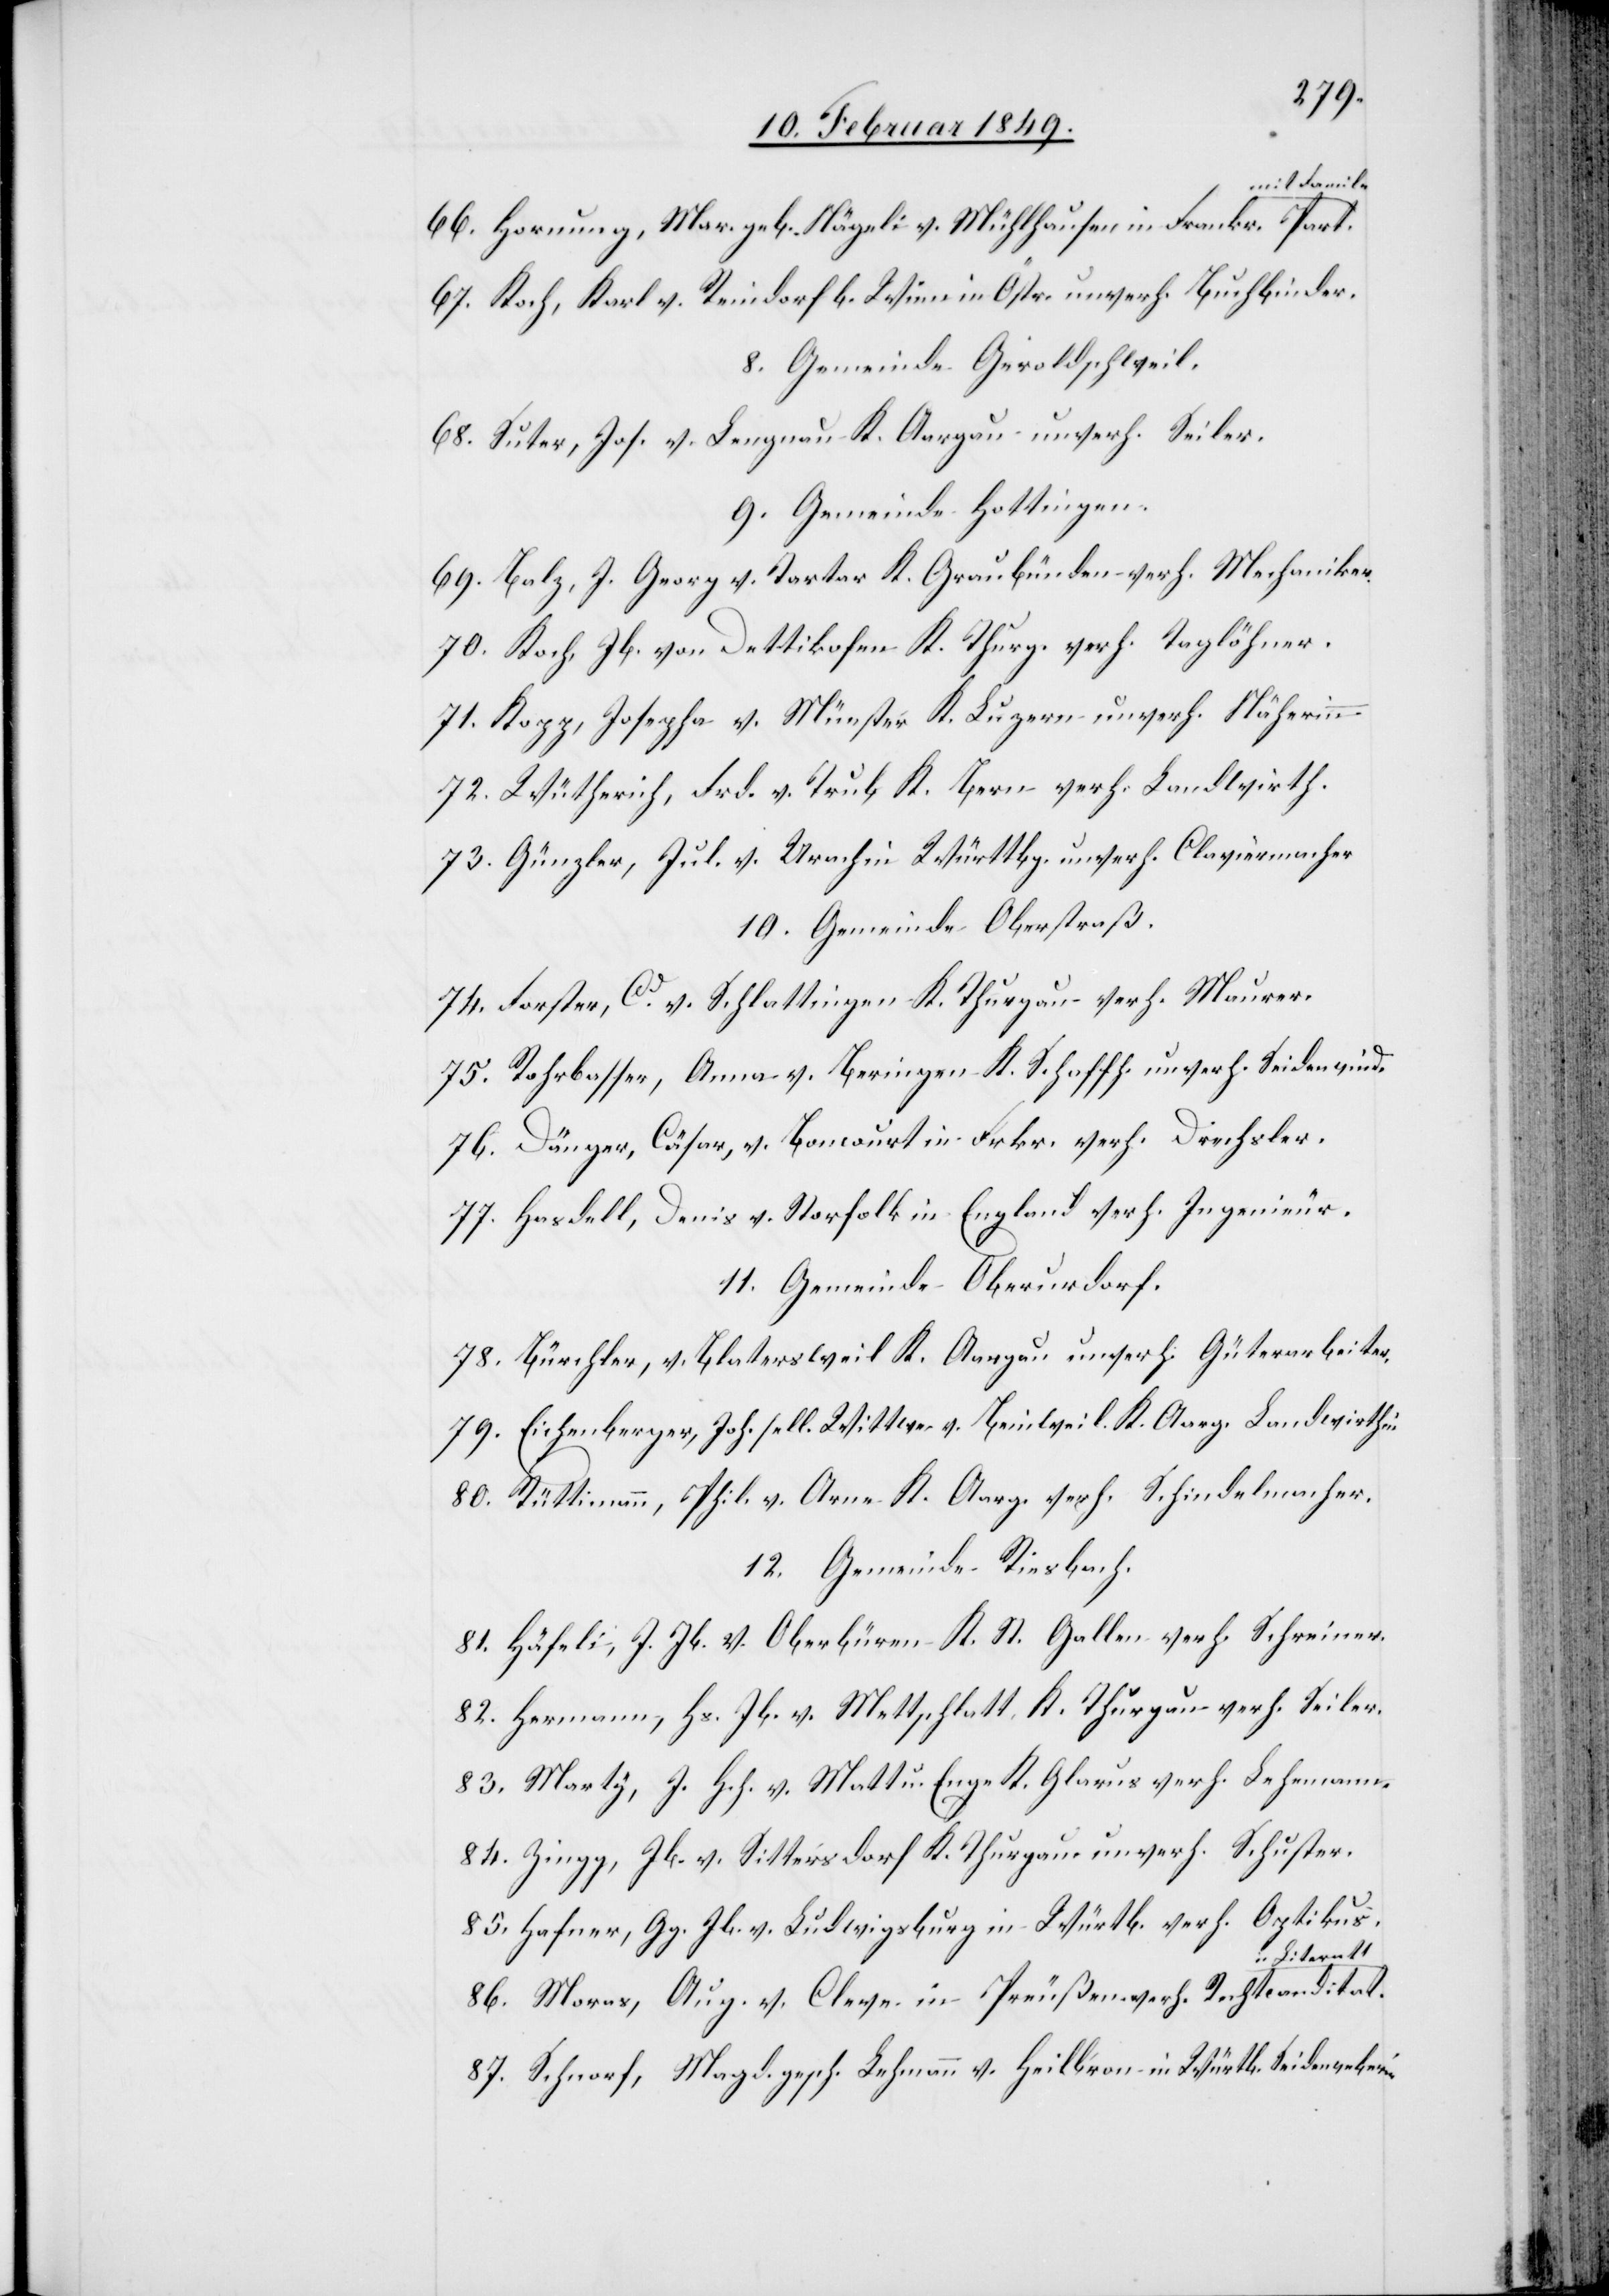
66. Hornung, Mar. geb. Nägeli v. Mühlhausen in Frankr. mit
67. Koch, Karl v. Reindorf b. Wien in Östr. unverh. Buchbinder.
8. Gemeinde Geroldschweil.
68. Suter, Jos. v. Lengnau K. Aargau unverh. Seiler.
9. Gemeinde Hottingen.
69. Balz, J. Georg v. Tartar K. Graubünden verh. Mechaniker.
70. Koch, Jb. von Dettikofen K. Thurg. verh. Taglöhner.
71. Kopp, Josepha v. Münster K. Luzern unverh. Näherinn
72. Wütherich, Frd. v. Trub K. Bern verh. Landwirth.
73. Günzler, Jul. v. Urach in Württbg. unverh. Claviermacher
10. Gemeinde Oberstraß.
74. Forster, Cd. v. Schlattingen K. Thurgau verh. Maurer.
75. Rohrbesser, Anna v. Beringen K. Schaffh. unverh. Seidenwind.
76. Dänger, Cäsar, v. Boncourt in Frkr. verh. Drechsler.
77. Hasdell, Denis v. Norfolk in England verh. Ingenieur.
11. Gemeinde Oberurdorf.
78. Bürchler, v. Blatersweil K. Aargau unverh. Güterarbeiter.
79. Eichenberger, Joh. sell. Wittwe v. Beinweil K. Aargau Landwirthin
80. Rüttimann, Phil. v. Arne K. Aarg. verh. Schindelmacher.
12. Gemeinde Riesbach.
81. Häfeli, J. Jb. v. Oberbüren K. St. Gallen verh. Schreiner.
82. Hermann, Hs. Jb. v. Mettschlatt K. Thurgau verh. Seiler.
83. Marty, J. Hch. v. Matt u. Enge K. Glarus verh. Lehemann.
84. Zingg, Jb. v. Sittersdorf K. Thurgau unverh. Schuster.
85. Hafner, Gg. Jb. v. Ludwigsburg in Würtb. verh. Optikus.
u Literatt.
86. Moras, Aug. v. Cleve in Preußen. verh. Rechtcanditat
87. Schnorf, Magd. gesch. Lehmann v. Heilbron in Würtb. Seidenweberin